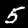
Digit: 5